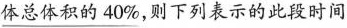
\underline{体总体积的40\%}，则下列表示的此段时间